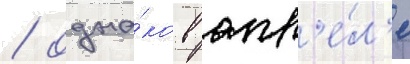
/ одна́ко в апр'е́л'е